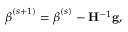
{ \boldsymbol { \beta } } ^ { ( s + 1 ) } = { \boldsymbol { \beta } } ^ { ( s ) } - \mathbf { H } ^ { - 1 } \mathbf { g } ,